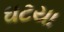
ઘટયા